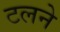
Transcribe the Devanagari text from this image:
टलने